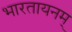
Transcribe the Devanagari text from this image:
भारतायनम्